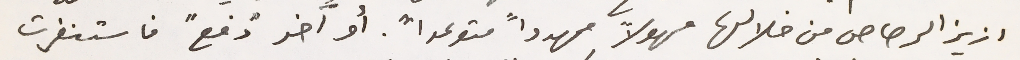
ازيز الرصاص من خلالها مهولاً مهدداً متوعداً. أو آخر "دَفع" فاستنفرت